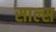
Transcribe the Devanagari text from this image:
साल्स